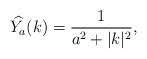
LaTeX: \begin{align*}\widehat{Y_{a}}(k) = \frac{1}{a^{2} + |k|^{2}},\end{align*}